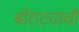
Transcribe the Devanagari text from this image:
बोराट्याची